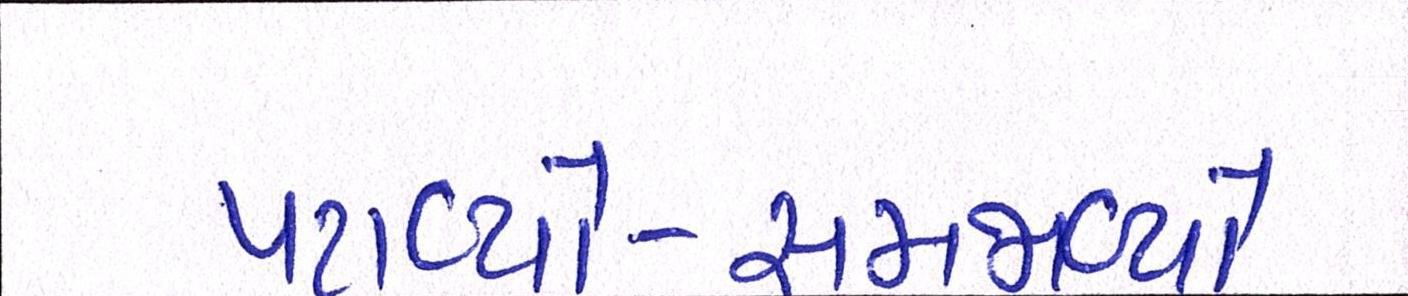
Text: પટાવ્યો-સમજાવ્યો